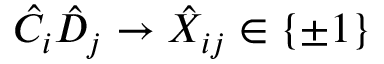
\hat { C } _ { i } \hat { D } _ { j } \rightarrow \hat { X } _ { i j } \in \{ \pm 1 \}